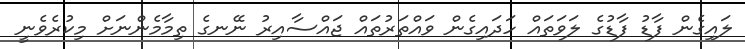
ލައިގެން ފާޑު ފާޑުގެ ލަވަތައް ހަދައިގެން ވައްތަރުތައް ޖައްސާއިރު ނޭނގެ ތިމާމެންނަށް މިކުރެވެނީ